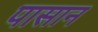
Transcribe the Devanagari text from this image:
पासान